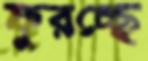
ফুরচ্ছে